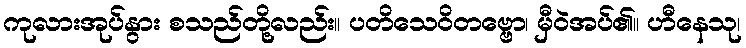
ကုလားအုပ်နွား စသည်တို့လည်း။ ပတိသေဝိတဗ္ဗော၊ မှီဝဲအပ်၏။ ဟီနေသု၊